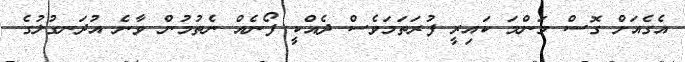
އެގެއަށް ގޮސް މަންމަ ކައިރީ ފުރަތަމަވެސް ދެއްކީ ފޯނެއް ނެތުމުން ވާނެ އުދަނގުލުގެ